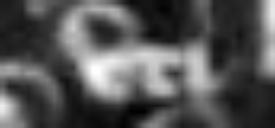
uti